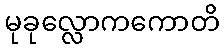
မုခုလ္လောကကောတိ